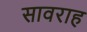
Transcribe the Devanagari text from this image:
सावराह